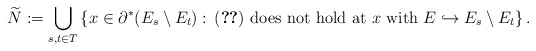
\begin{align*}\widetilde{N}:=\bigcup_{s,t\in T} \left\{x\in \partial^*(E_{s}\setminus E_{t}):\, \eqref{eq:density of E}\textrm{ does not hold at }x\textrm{ with }E\hookrightarrow E_{s}\setminus E_{t}\right\}.\end{align*}